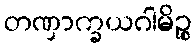
တဏှာက္ခယဂါမိဉ္စ